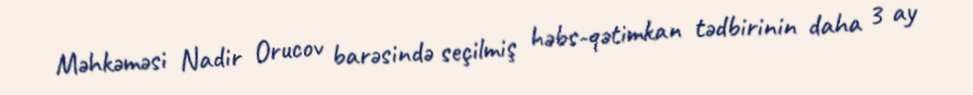
Məhkəməsi Nadir Orucov barəsində seçilmiş həbs-qətimkan tədbirinin daha 3 ay